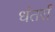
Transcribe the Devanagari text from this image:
धंतर्रा